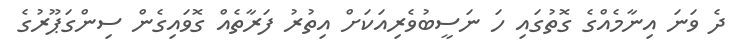
ދެ ވަނަ އިނާމެއްގެ ގޮތުގައި ހަ ނަސީބުވެރިއަކަށް އިތުރު ފަރާތެއް ގޮވައިގެން ސިންގަޕޫރުގެ